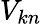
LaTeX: V_{kn}